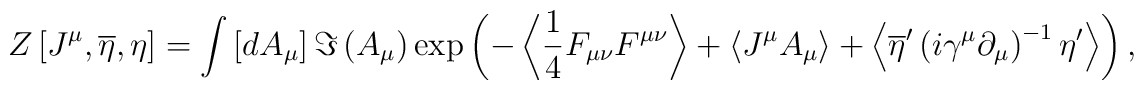
Z\left[ J^\mu ,\overline{\eta },\eta \right] =\int\left[ dA_\mu \right] \Im \left( A_\mu \right) \exp \left( -\left\langle\frac 14F_{\mu \nu }F^{\mu \nu }\right\rangle +\left\langle J^\mu A_\mu\right\rangle +\left\langle \overline{\eta }^{\prime }\left( i\gamma ^\mu\partial _\mu \right) ^{-1}\eta ^{\prime }\right\rangle \right) ,